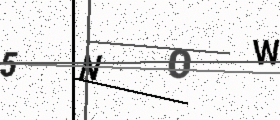
Text: 5NOW